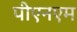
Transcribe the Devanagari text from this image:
पीएनएम